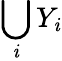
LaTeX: \bigcup_{\mathit{i}}Y_{\mathit{i}}